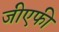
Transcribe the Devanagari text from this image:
जीएफी